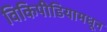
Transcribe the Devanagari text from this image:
विकिपीडियामधून